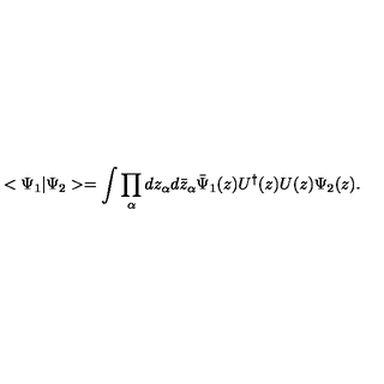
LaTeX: < \Psi _ { 1 } | \Psi _ { 2 } > = \int \prod _ { \alpha } d z _ { \alpha } d \bar { z } _ { \alpha } \bar { \Psi } _ { 1 } ( z ) U ^ { \dagger } ( z ) U ( z ) \Psi _ { 2 } ( z ) .